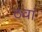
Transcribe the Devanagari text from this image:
ठवां